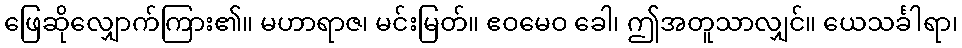
ဖြေဆိုလျှောက်ကြား၏။ မဟာရာဇ၊ မင်းမြတ်။ ဧဝမေဝ ခေါ၊ ဤအတူသာလျှင်။ ယေသင်္ခါရာ၊